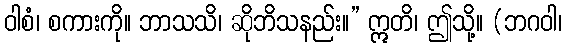
ဝါစံ၊ စကားကို။ ဘာသသိ၊ ဆိုဘိသနည်း။” ဣတိ၊ ဤသို့။ (ဘဂဝါ၊